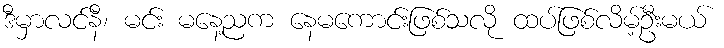
ဒီမှာလင်နီ၊ မင်း မနေ့ညက နေမကောင်းဖြစ်သလို ထပ်ဖြစ်လိမ့်ဦးမယ်